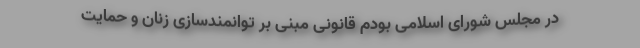
در مجلس شورای اسلامی بودم قانونی مبنی بر توانمندسازی زنان و حمایت